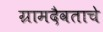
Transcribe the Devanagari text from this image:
ग्रामदैवताचे